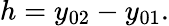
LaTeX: h=y_{02}-y_{01}.